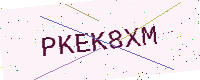
Text: PKEK8XM